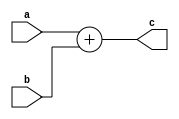
`define SIMULATION_MEMORY
`define ARRAY_DEPTH 64      //Number of Hidden neurons
`define INPUT_DEPTH 100	    //LSTM input vector dimensions
`define DATA_WIDTH 16		//16 bit representation
`define INWEIGHT_DEPTH 6400 //100x64
`define HWEIGHT_DEPTH 4096  //64x64
`define varraysize 1600   //100x16
`define uarraysize 1024  //64x16

module qadd2(
 input [15:0] a,
 input [15:0] b,
 output [15:0] c
    );
    
assign c = a + b;


endmodule